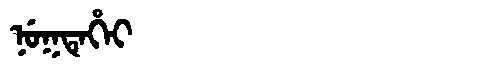
Manchu: ᠨᡠᡴᡨᡝᡥᡝᡳ
Romanization: NUKTEHEI